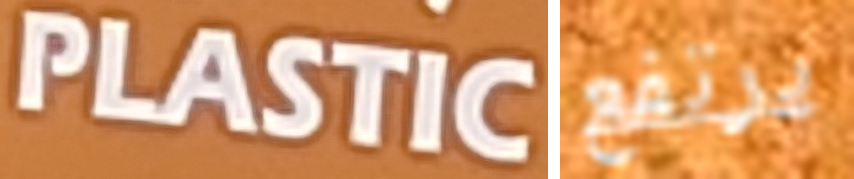
PLASTIC يرتفع